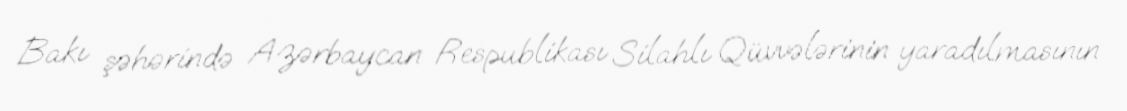
Bakı şəhərində Azərbaycan Respublikası Silahlı Qüvvələrinin yaradılmasının